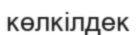
көлкілдек